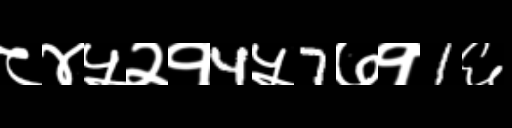
Text: ८४५२१4५7७१1६